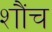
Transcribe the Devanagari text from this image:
शौंच